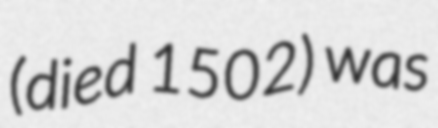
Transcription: (died 1502) was